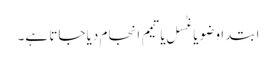
ابتدا وضو یا غُسل یا تیمم انجام دیا جاتا ہے۔